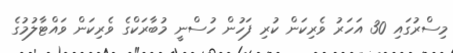
މިސްރުގައި 30 އަހަރު ވެރިކަން ކުރި ފަހުން ހުސްނީ މުބާރަކްގެ ވެރިކަން ވައްޓާލުމުގެ